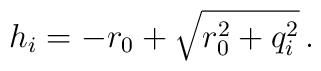
h_{i} =-r_{0} +\sqrt{r_{0}^{2} +q_{i}^{2}}\, .